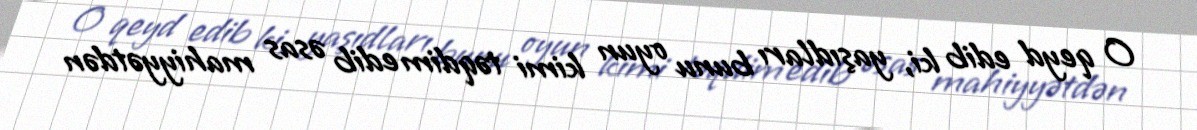
O qeyd edib ki, yaşıdları bunu oyun kimi təqdim edib əsas mahiyyətdən